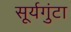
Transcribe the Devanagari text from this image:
सूर्यगुंटा